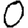
Digit: 0